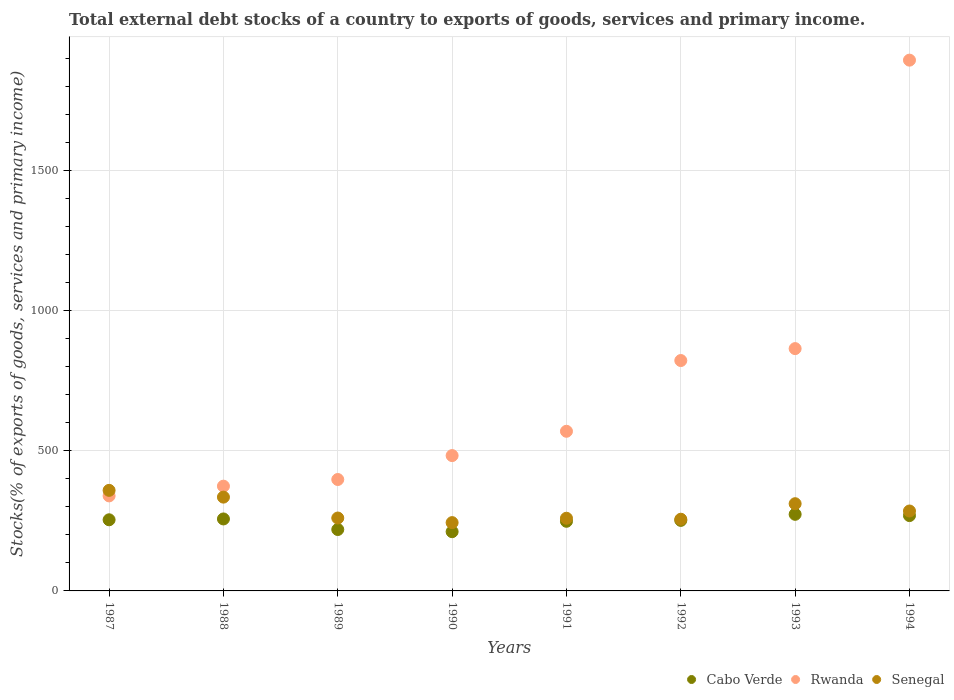
| Years | Cabo Verde | Rwanda | Senegal |
 | --- | --- | --- | --- |
 | 1987 | 254 | 339 | 359 |
 | 1988 | 257 | 374 | 335 |
 | 1989 | 219 | 398 | 260 |
 | 1990 | 212 | 483 | 244 |
 | 1991 | 249 | 570 | 259 |
 | 1992 | 252 | 823 | 256 |
 | 1993 | 274 | 865 | 311 |
 | 1994 | 269 | 1.9e+03 | 285 |